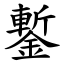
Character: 鏨